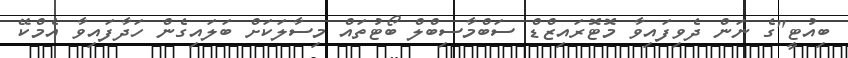
ބިއުޓީ"ގެ ނަން ދެވިފައިވާ މޮޓޮރައިޒްޑް ސަބްމާސިބްލް ބޯޓުތައް މިސާލަކަށް ބަލައިގެން ހަދާފައިވާ އެމްކޭ